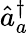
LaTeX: \hat{a}_{a}^{\dagger}